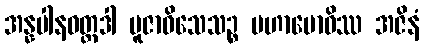
အန္နပါနဝတ္ထဒါ ပူဇာဝိသေသဉ္စ မဟာဗောဓိဿ အဇိနံ